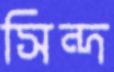
সিন্দ